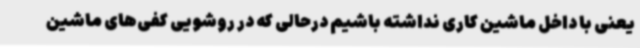
یعنی با داخل ماشین کاری نداشته باشیم درحالی که در روشویی کفی‌های ماشین